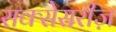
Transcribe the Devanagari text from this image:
सक्सेसरीज़